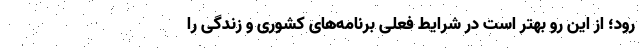
رود؛ از این رو بهتر است در شرایط فعلی برنامه‌های کشوری و زندگی را